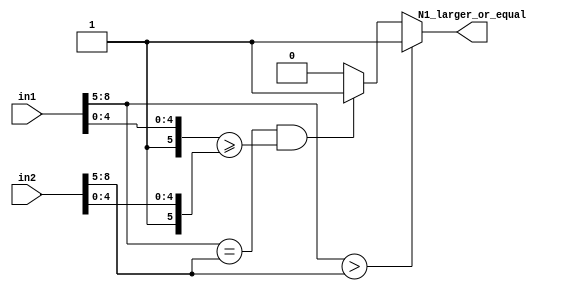
module floating_point_comparator #(parameter
	           DATA_WIDTH = 10,
	           M = 5,
               E = 4)
    ( /// INPUT/OUTPUT Port declaration
    input      [DATA_WIDTH-1:0] in1,
    input      [DATA_WIDTH-1:0] in2,
    output wire                 N1_larger_or_equal                
    );

 /// Internal Signals
    wire sign1,sign2;

    wire [E-1:0] Exponent1 ;
    wire [E-1:0] Exponent2 ;

    wire [M:0] MantissaUnNORMALIZED1;
    wire [M:0] MantissaUnNORMALIZED2;
    
    wire EX1_greater_than_EX2;
    wire EX1_equal_EX2 ;
/////////////////////////////////////////////////////////////////////////////////////////////////////////
//////////// ASSIGNMENT STATEMENTS///////////////////////////////////////////////////

    assign sign1 = in1[DATA_WIDTH-1];
    assign sign2 = in2[DATA_WIDTH-1];

    assign Exponent1 = in1[DATA_WIDTH-2:DATA_WIDTH-E-1];
    assign Exponent2 = in2[DATA_WIDTH-2:DATA_WIDTH-E-1];
    
    assign MantissaUnNORMALIZED1 = {1'b1, in1[M-1:0]};
    assign MantissaUnNORMALIZED2 = {1'b1, in2[M-1:0]};
    
    assign EX1_greater_than_EX2 = (Exponent1 > Exponent2);
    assign EX1_equal_EX2 = (Exponent1 == Exponent2); 
    

    // Determine which of in1 , in2 is larger using N1_larger_or_equal flag
    assign N1_larger_or_equal =    EX1_greater_than_EX2 ? 1'b1 : (EX1_equal_EX2 && (MantissaUnNORMALIZED1 >= MantissaUnNORMALIZED2)) ? 1'b1 : 1'b0;

/////////////////////////////////////////////////////////////////////////////////
endmodule